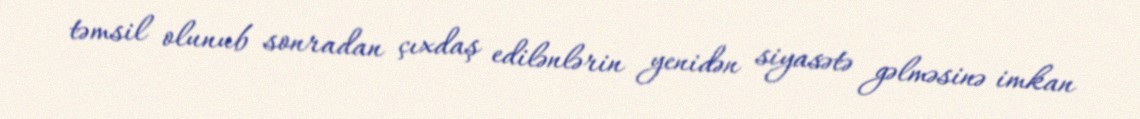
təmsil olunub sonradan çıxdaş edilənlərin yenidən siyasətə gəlməsinə imkan